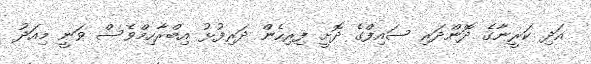
އަދި ކަރީނާގެ ދޮންދަރި ސައިފްގެ ދޮށީ ފިރިހެން ދަރިފުޅު އިބްރާހިމްވެސް ވަނީ މިއަދު